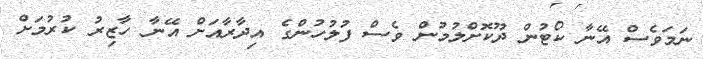
ނަމަވެސް އޭނާ ކޯޓުން ދޫކޮށްލުމުން ވެސް ފުލުހުންގެ އިދާރާއަށް އޭނާ ހާޒިރު ކުރުމަށް